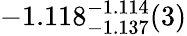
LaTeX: -1.118_{-1.137}^{-1.114}(3)